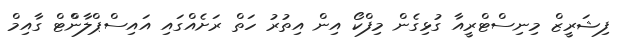
ފިޝަރީޒް މިނިސްޓްރީއާ ގުޅިގެން މިފްކޯ އިން އިތުރު ހަތް ރަށެއްގައި އައިސްޕްލާންްޓް ގާއިމް